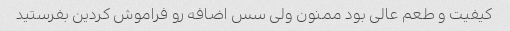
کیفیت و طعم عالی بود ممنون ولی سس اضافه رو فراموش کردین بفرستید